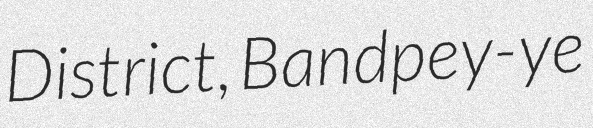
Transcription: District, Bandpey-ye